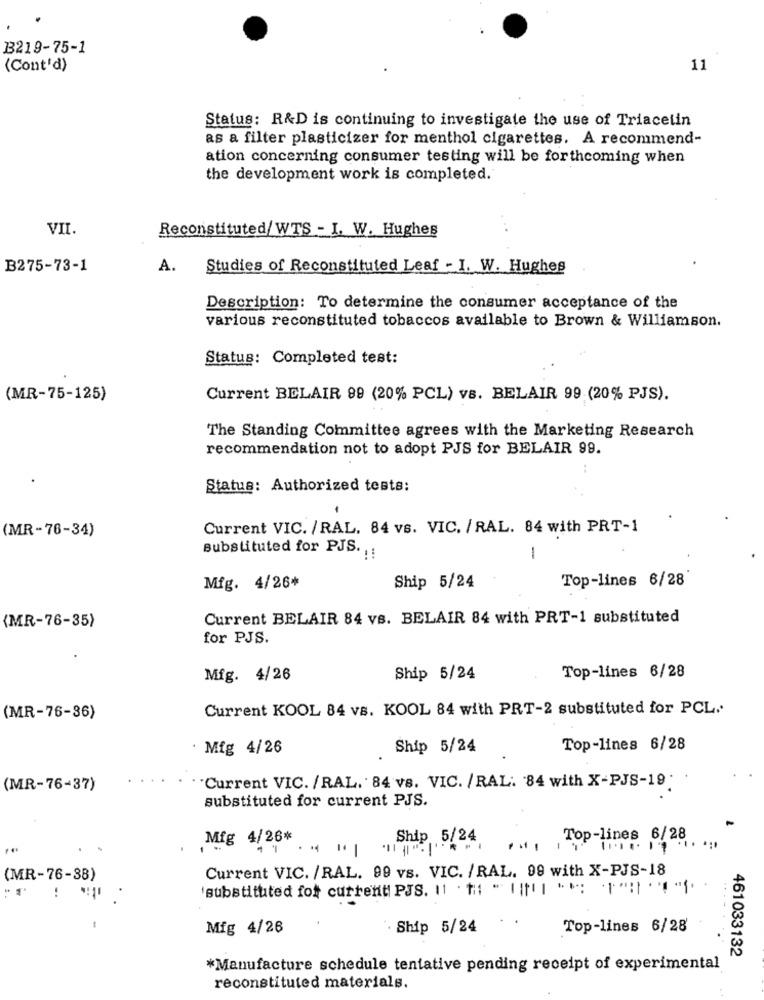
B219-75-1
(Cont'd)
11
Status: R&D is continuing to investigate the use of Triacetin
as a filter plasticizer for menthol cigarettes. A recommend-
ation concerning consumer testing will be forthcoming when
the development work is completed.
VII.
Reconstituted/WTS - I. W. Hughes
B275-73-1
A.
Studies of Reconstituted Leaf - I. W. Hughes
Description: To determine the consumer acceptance of the
various reconstituted tobaccos available to Brown & Williamson.
Status: Completed test:
(MR-75-125)
Current BELAIR 99 (20% PCL) vs. BELAIR 99 (20% PJS).
The Standing Committee agrees with the Marketing Research
recommendation not to adopt PJS for BELAIR 99.
Status: Authorized tests:
(MR-76-34)
Current VIC. /RAL. 84 vs. VIC. / RAL. 84 with PRT-1
Substituted for PJS. :
-
Top-lines 6/28
Mfg. 4/26*
Ship 5/24
Current BELAIR 84 vs. BELAIR 84 with PRT-1 substituted
(MR-76-35)
for PJS.
Mfg. 4/26
Ship 5/24
Top-lines 6/28
Current KOOL 84 vs. KOOL 84 with PRT-2 substituted for PCL ..
(MR-76-36)
· Mig 4/26
Ship 5/24
Top-lines 6/28
(MR-76-37)
"Current VIC. /RAL. 84 vs. VIC. / RAL. 84 with X-PJS-19
substituted for current PJS.
Mfg 4/26*
Ship 5/24
Top-lines 6/28
....
Current VIC. /RAL. 99 vs. VIC. /RAL. 99 with X-PJS-18
(MR-76-38)
'substituted for current PJS. 11 . ##: " 1 [[II "": "1"! " ".
-
Mfg 4/26
· Ship 5/24
Top-lines 6/28
461033132
*Manufacture schedule tentative pending receipt of experimental
reconstituted materials.